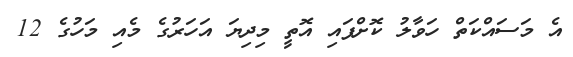
އެ މަސައްކަތް ހަވާލު ކޮށްފައި އޮތީ މިދިޔަ އަހަރުގެ މެއި މަހުގެ 12